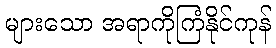
များသော အရာကိုကြံနိုင်ကုန်